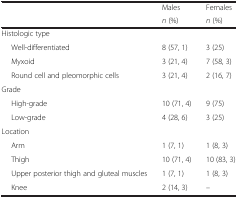
| <ROWSPAN=2>  | Males | Females |
 | n (%) | n (%) |
 | --- | --- | --- |
 | <COLSPAN=3> Histologic type |
 | Well-differentiated | 8 (57, 1) | 3 (25) |
 | Myxoid | 3 (21, 4) | 7 (58, 3) |
 | Round cell and pleomorphic cells | 3 (21, 4) | 2 (16, 7) |
 | <COLSPAN=3> Grade |
 | High-grade | 10 (71, 4) | 9 (75) |
 | Low-grade | 4 (28, 6) | 3 (25) |
 | <COLSPAN=3> Location |
 | Arm | 1 (7, 1) | 1 (8, 3) |
 | Thigh | 10 (71, 4) | 10 (83, 3) |
 | Upper posterior thigh and gluteal muscles | 1 (7, 1) | 1 (8, 3) |
 | Knee | 2 (14, 3) | – |